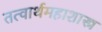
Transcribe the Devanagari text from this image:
तत्वार्थमहाशास्त्र